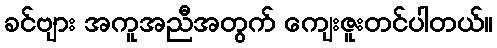
ခင်ဗျား အကူအညီအတွက် ကျေးဇူးတင်ပါတယ်။